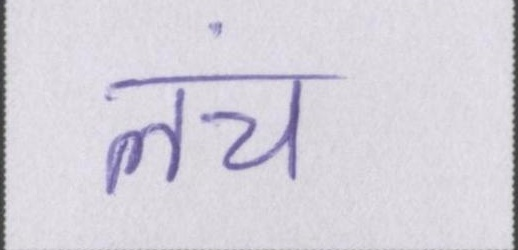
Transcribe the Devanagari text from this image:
लंच